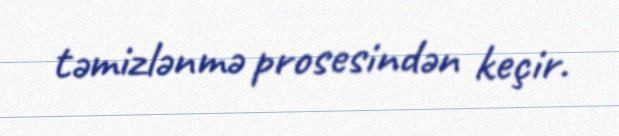
təmizlənmə prosesindən keçir.